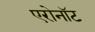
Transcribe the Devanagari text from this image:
एरोनॉट